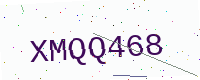
Text: XMQQ468